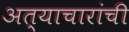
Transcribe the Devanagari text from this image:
अत्याचारांची